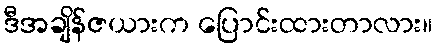
ဒီအချိန်ဇယားက ပြောင်းထားတာလား။